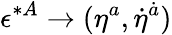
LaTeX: \epsilon^{*A}\to(\eta^{a},\dot{\eta}^{\dot{a}})